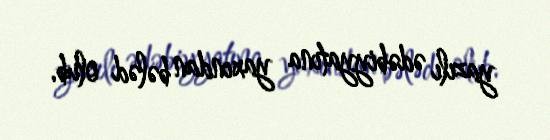
yazılı ədəbiyyatına yaxından bələd olub.